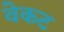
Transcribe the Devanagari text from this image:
वेकट